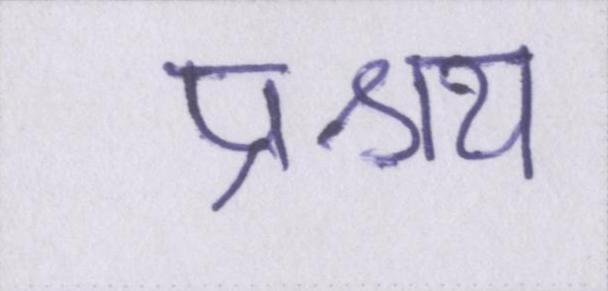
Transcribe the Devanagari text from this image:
प्रश्रय